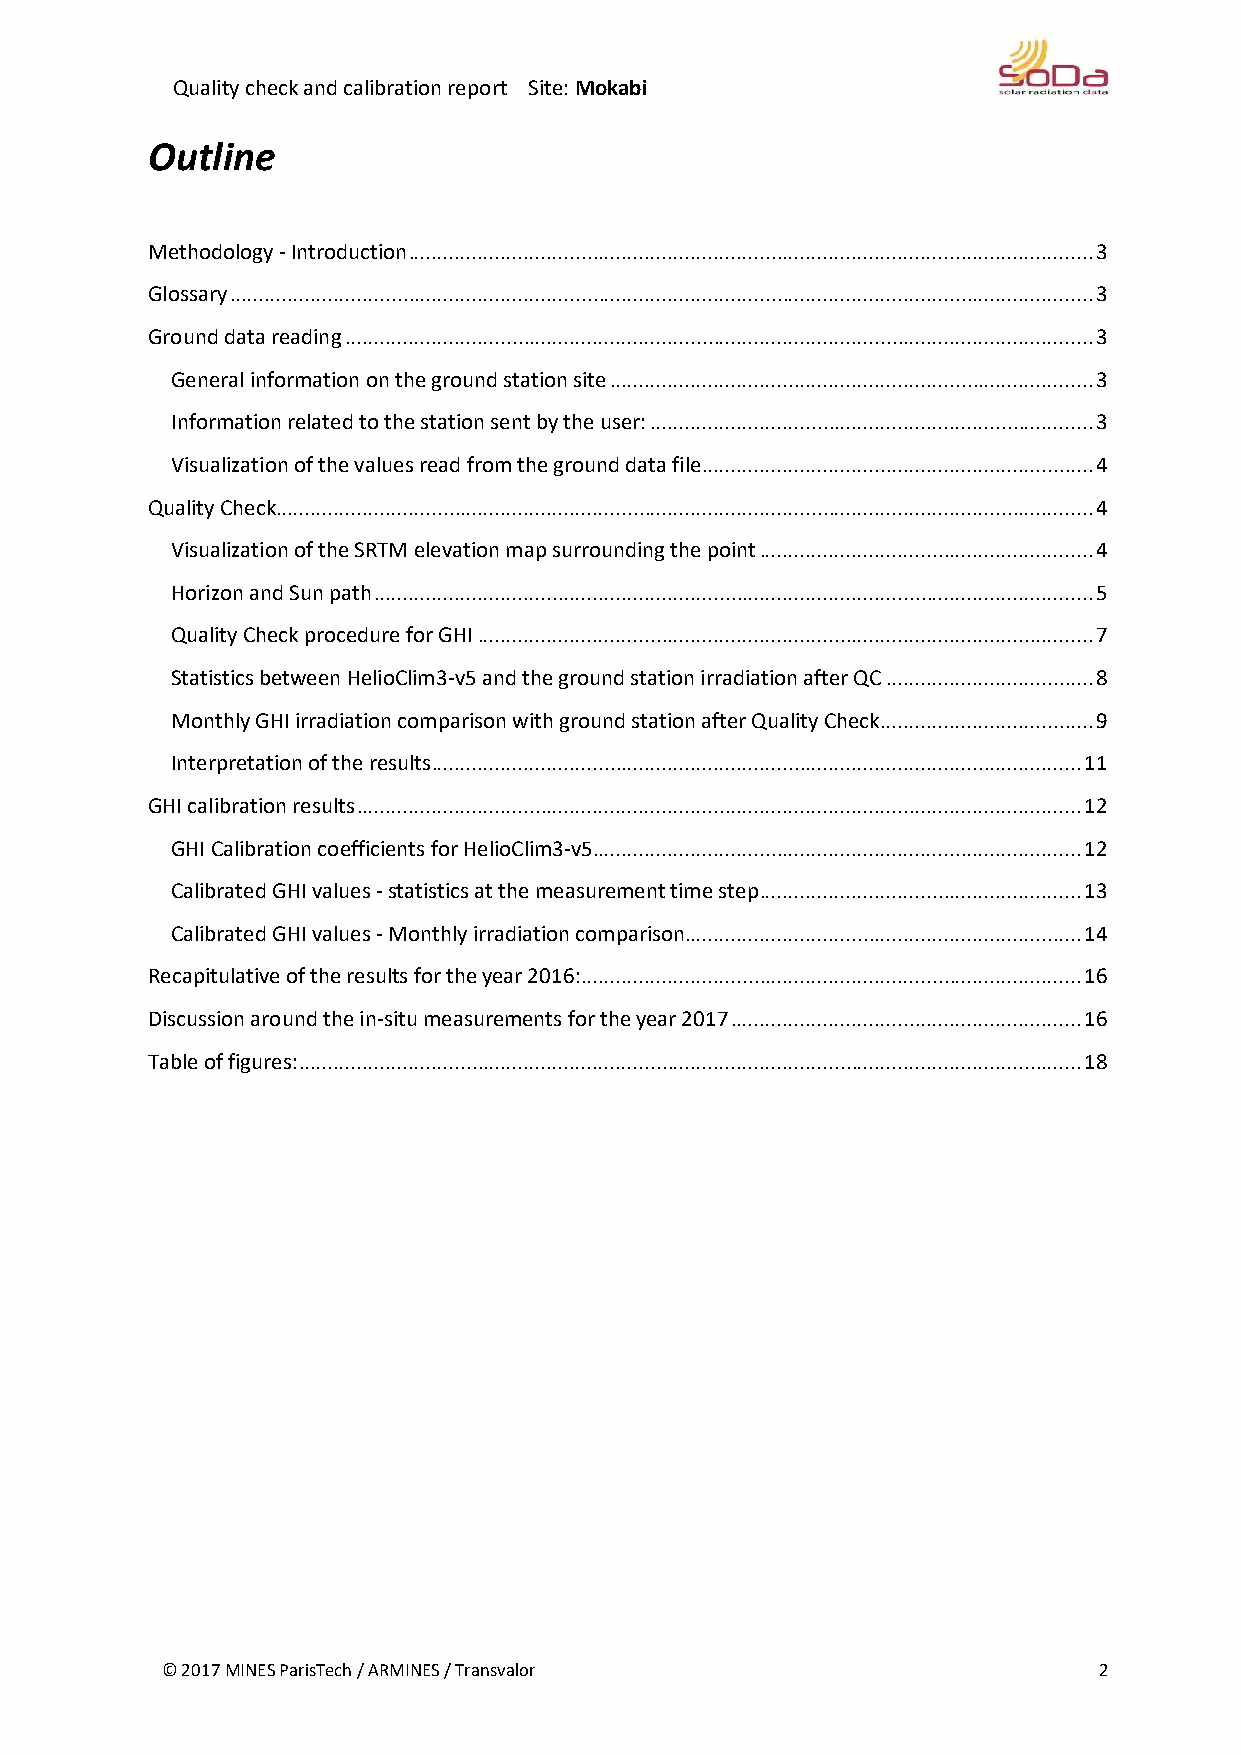
Quality check and calibration report Site: Mokabi
 Outline
 Methodology - Introduction ....................................................................................................................... 3
 Glossary ...................................................................................................................................................... 3
 Ground data reading .................................................................................................................................. 3
 General information on the ground station site .................................................................................... 3
 Information related to the station sent by the user: ............................................................................. 3
 Visualization of the values read from the ground data file .................................................................... 4
 Quality Check .............................................................................................................................................. 4
 Visualization of the SRTM elevation map surrounding the point .......................................................... 4
 Horizon and Sun path ............................................................................................................................. 5
 Quality Check procedure for GHI ........................................................................................................... 7
 Statistics between HelioClim3-v5 and the ground station irradiation after QC .................................... 8
 Monthly GHI irradiation comparison with ground station after Quality Check ..................................... 9
 Interpretation of the results ................................................................................................................. 11
 GHI calibration results .............................................................................................................................. 12
 GHI Calibration coefficients for HelioClim3-v5..................................................................................... 12
 Calibrated GHI values - statistics at the measurement time step ........................................................ 13
 Calibrated GHI values - Monthly irradiation comparison..................................................................... 14
 Recapitulative of the results for the year 2016: ....................................................................................... 16
 Discussion around the in-situ measurements for the year 2017 ............................................................. 16
 Table of figures: ........................................................................................................................................ 18
 © 2017 MINES ParisTech / ARMINES / Transvalor                 2